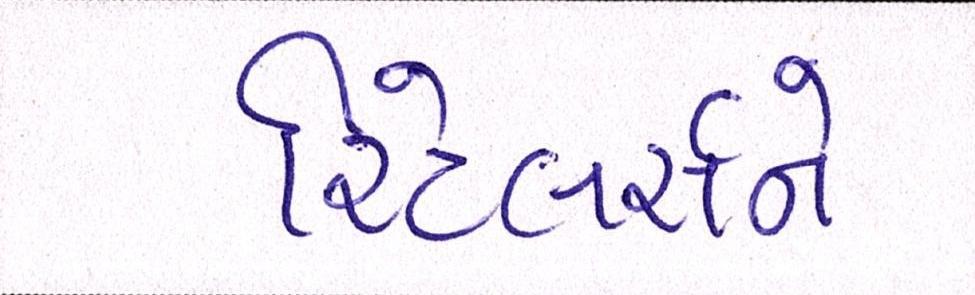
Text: રિટેલર્સને